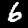
Label: 6